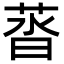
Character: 䓠